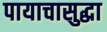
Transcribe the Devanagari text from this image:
पायाचासुद्धा